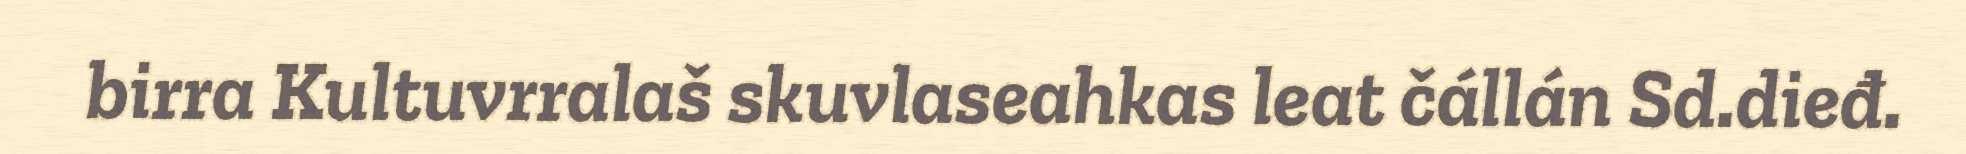
birra Kultuvrralaš skuvlaseahkas leat čállán Sd.dieđ.